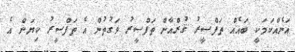
އަނެއްކަމަކީ ބައެއް ތަފްސީރު ޤުރްއާން ތަފްސީރު ވަގުތުން އެ ތަފްސީރު ކިޔަން އެ